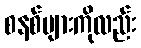
စနစ်များကိုလည်း